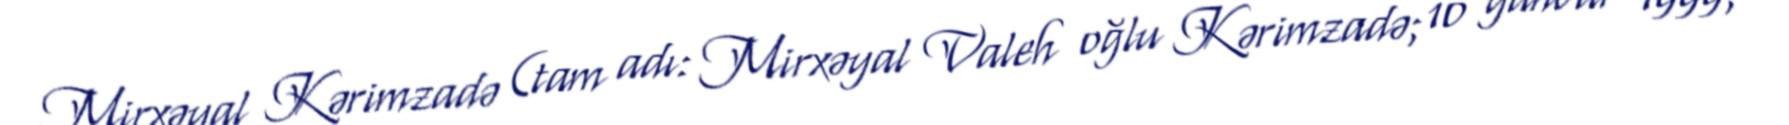
Mirxəyal Kərimzadə (tam adı: Mirxəyal Valeh oğlu Kərimzadə; 10 yanvar 1999;